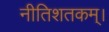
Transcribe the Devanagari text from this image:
नीतिशतकम्।